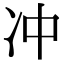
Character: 冲